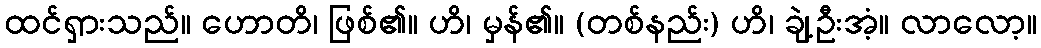
ထင်ရှားသည်။ ဟောတိ၊ ဖြစ်၏။ ဟိ၊ မှန်၏။ (တစ်နည်း) ဟိ၊ ချဲ့ဦးအံ့။ လာလော့။